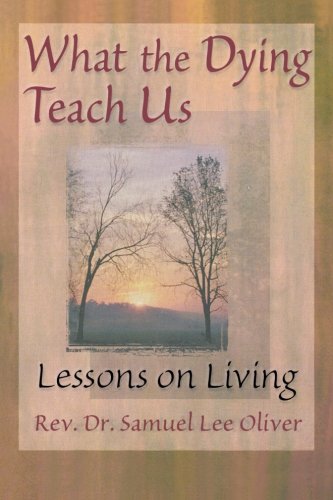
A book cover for What the Dying Teach Us: Lessons on Living; Samuel Lee Oliver; Christian Books & Bibles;